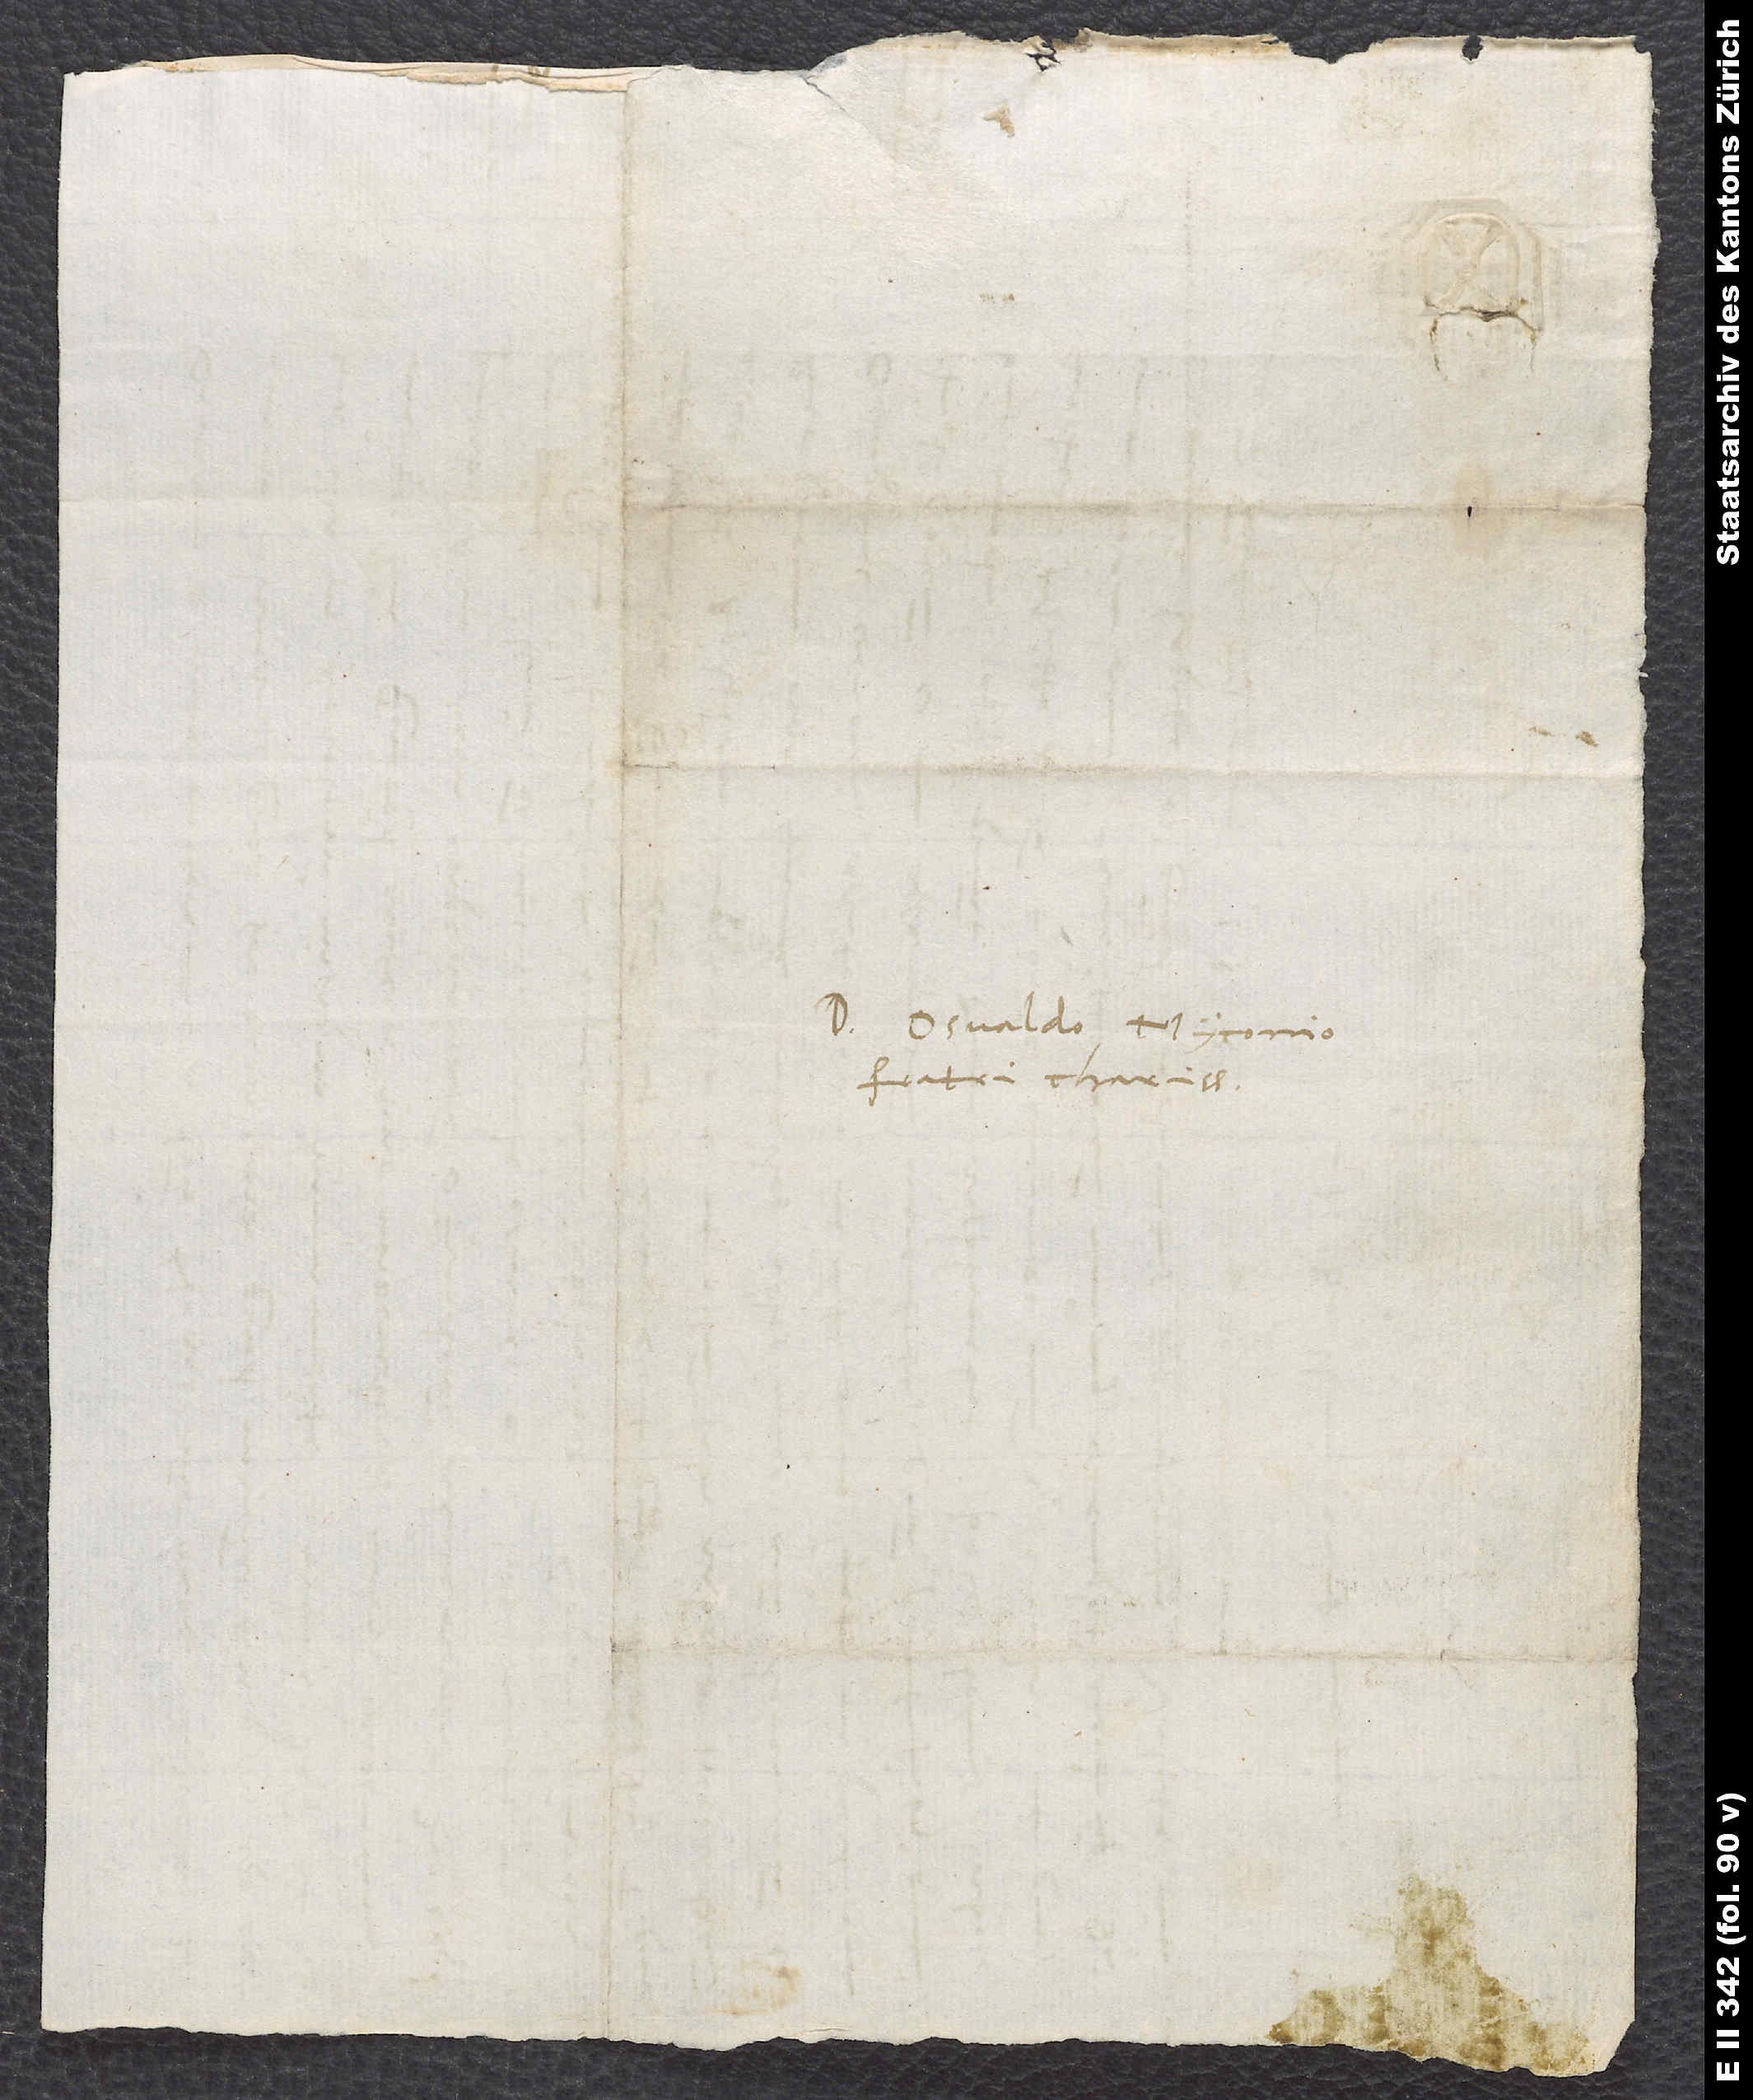
Domino Osvaldo Myconio,
fratri charissimo.